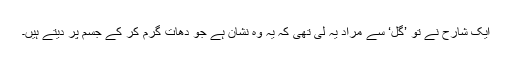
ایک شارح نے تو ’گل‘ سے مراد یہ لی تھی کہ یہ وہ نشان ہے جو دھات گرم کر کے جسم پر دیتے ہیں۔